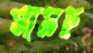
সামচ্